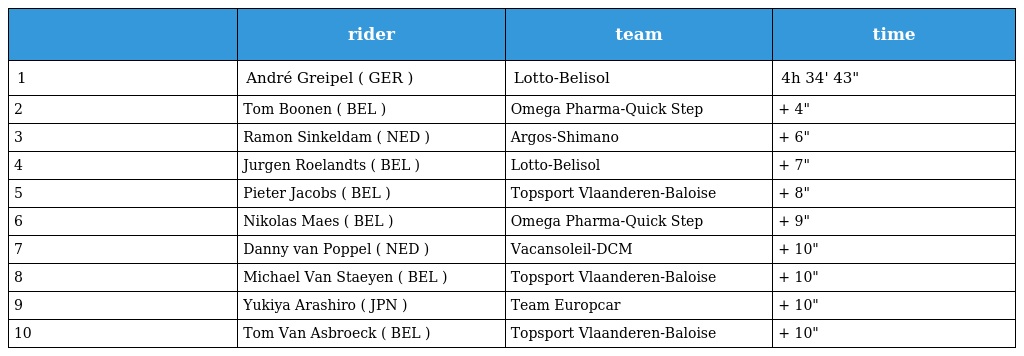
|  | rider | team | time |
 | --- | --- | --- | --- |
 | 1 | André Greipel ( GER ) | Lotto-Belisol | 4h 34' 43" |
 | 2 | Tom Boonen ( BEL ) | Omega Pharma-Quick Step | + 4" |
 | 3 | Ramon Sinkeldam ( NED ) | Argos-Shimano | + 6" |
 | 4 | Jurgen Roelandts ( BEL ) | Lotto-Belisol | + 7" |
 | 5 | Pieter Jacobs ( BEL ) | Topsport Vlaanderen-Baloise | + 8" |
 | 6 | Nikolas Maes ( BEL ) | Omega Pharma-Quick Step | + 9" |
 | 7 | Danny van Poppel ( NED ) | Vacansoleil-DCM | + 10" |
 | 8 | Michael Van Staeyen ( BEL ) | Topsport Vlaanderen-Baloise | + 10" |
 | 9 | Yukiya Arashiro ( JPN ) | Team Europcar | + 10" |
 | 10 | Tom Van Asbroeck ( BEL ) | Topsport Vlaanderen-Baloise | + 10" |